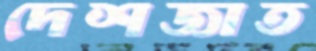
দেশজাত